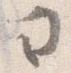
ヨ